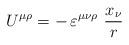
LaTeX: \begin{align*}U^{\mu\rho}= -\,\varepsilon^{\mu\nu\rho}\ \frac{x_\nu}{r}\end{align*}